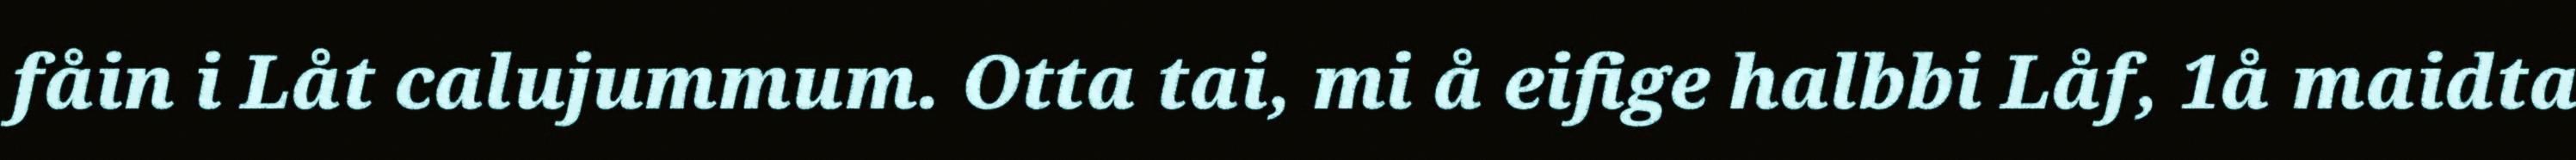
fåin i Låt calujummum. Otta tai, mi å eifige halbbi Låf, 1å maidta